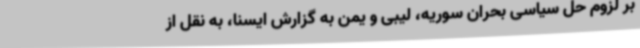
بر لزوم حل سیاسی بحران سوریه، لیبی و یمن به گزارش ایسنا، به نقل از